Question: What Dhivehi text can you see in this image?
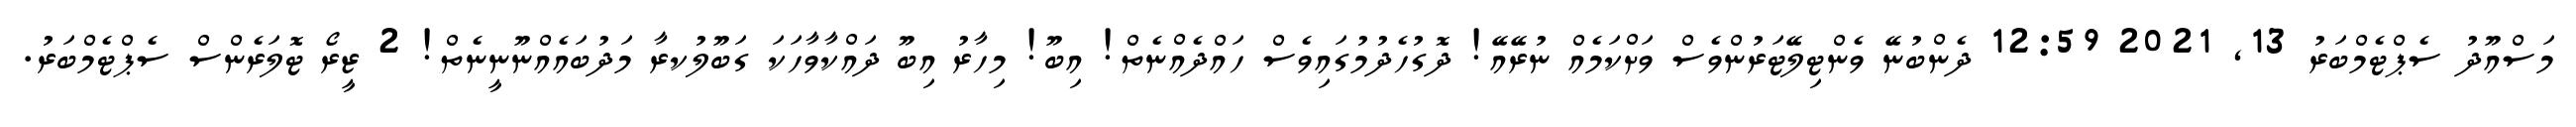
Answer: މަސްއޫދު ސެޕްޓެމްބަރު 13, 2021 12:59 ދެންބުނޭ ވެންޓިލޭޓަރުންވެސް ވަށްކަމެއް ނުރޭއޭ! ދޮގުހެދުމުގައިވެސް ހައްދެއްނެތް! އިބޫ! މިހާރު އިބޫ ދައްކާވާހަކަ ގަބޫލުކރާ މަދުބައެއްނޫނީނެތް! 2 ޒީރޯ ޓޮލަރެންސް ސެޕްޓެމްބަރު.